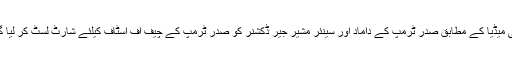
امریکی میڈیا کے مطابق صدر ٹرمپ کے داماد اور سینئر مشیر جیر ڈکشنر کو صدر ٹرمپ کے چیف آف اسٹاف کیلئے شارٹ لسٹ کر لیا گیا ہے۔